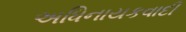
અધિનાયકવાદી